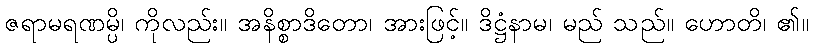
ဇရာမရဏမ္ပိ၊ ကိုလည်း။ အနိစ္စာဒိတော၊ အားဖြင့်။ ဒိဋ္ဌံနာမ၊ မည် သည်။ ဟောတိ၊ ၏။